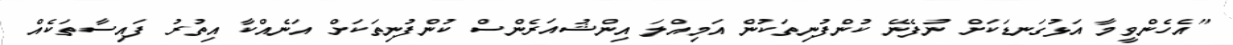
"އެހެންވީމާ އަޅުގަނޑަކަށް ނުފެނޭ ކުންފުނިތަކުން އަމިއްލަ އިންޝުއަރެންސް ކުންފުނިތަކަށް އަނެއްކާ އިތުރު ފައިސާތަކެއް